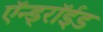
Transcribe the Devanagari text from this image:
ऍन्ड्रॉईड